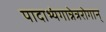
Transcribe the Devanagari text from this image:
पादाभ्यंगान्नेत्ररोगान्